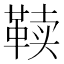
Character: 𱁷